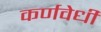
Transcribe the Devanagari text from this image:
कर्णवेधी